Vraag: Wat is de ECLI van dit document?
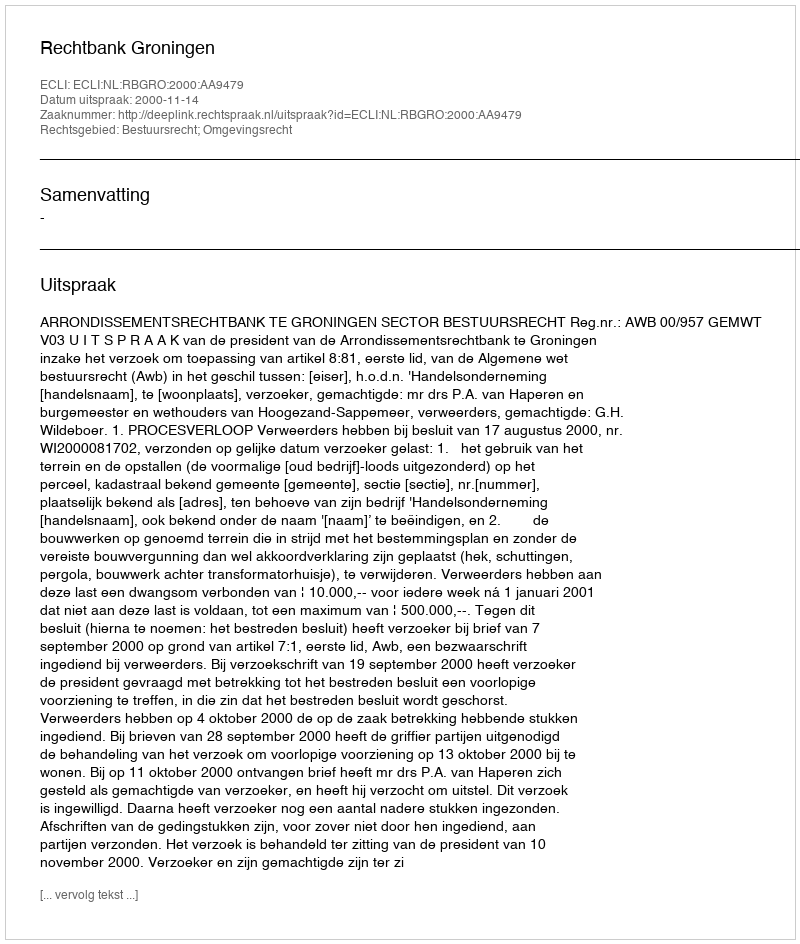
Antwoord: ECLI:NL:RBGRO:2000:AA9479